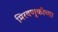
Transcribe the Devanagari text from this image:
मिरवणुकीच्या